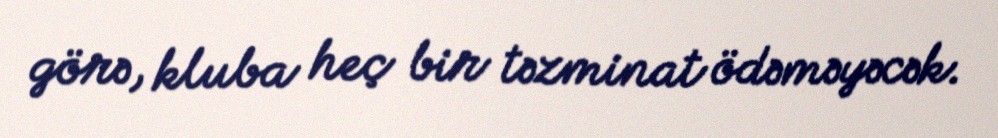
görə, kluba heç bir təzminat ödəməyəcək.